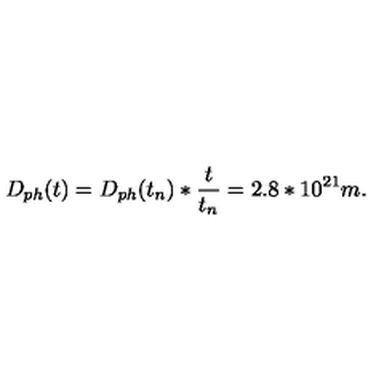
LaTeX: D _ { p h } ( t ) = D _ { p h } ( t _ { n } ) * \frac { t } { t _ { n } } = 2 . 8 * 1 0 ^ { 2 1 } m .